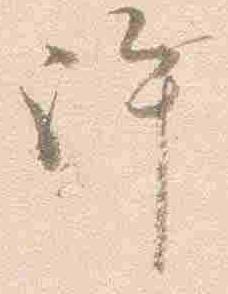
許